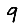
Digit: 9